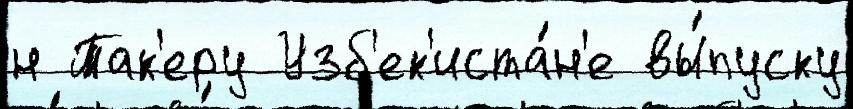
н Так'еру Узб'ек'иста́н'е вы́пуску